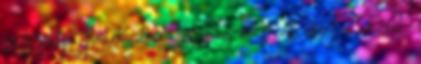
szégyellje, hanem dicsőítse meg az Istent ezzel a névvel.